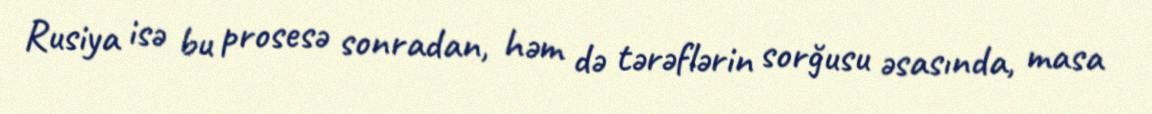
Rusiya isə bu prosesə sonradan, həm də tərəflərin sorğusu əsasında, masa